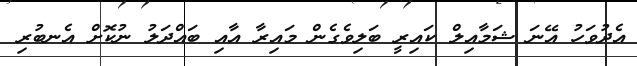
އެދުވަހު އޭނަ ޝަމާއިލް ކައިރީ ބަލިވެގެން މައިރާ އާއި ބައްދަލު ނުކޮށް އެނބުރި